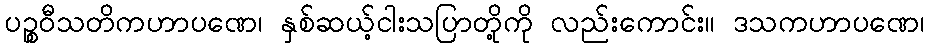
ပဉ္စဝီသတိကဟာပဏေ၊ နှစ်ဆယ့်ငါးသပြာတို့ကို လည်းကောင်း။ ဒသကဟာပဏေ၊